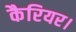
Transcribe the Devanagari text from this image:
कैरियर।